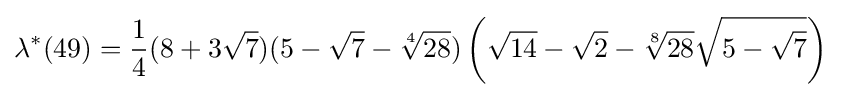
\lambda ^{*}(49)={\frac {1}{4}}(8+3{\sqrt {7}})(5-{\sqrt {7}}-{\sqrt[{4}]{28}})\left({\sqrt {14}}-{\sqrt {2}}-{\sqrt[{8}]{28}}{\sqrt {5-{\sqrt {7}}}}\right)